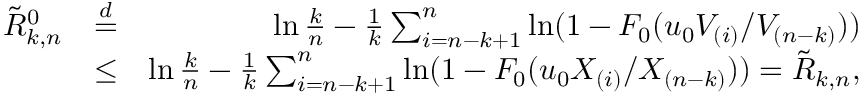
\begin{array} { r l r } { \tilde { R } _ { k , n } ^ { 0 } } & { \stackrel { d } { = } } & { \ln \frac { k } { n } - \frac { 1 } { k } \sum _ { i = n - k + 1 } ^ { n } \ln ( 1 - F _ { 0 } ( u _ { 0 } V _ { ( i ) } / V _ { ( n - k ) } ) ) } \\ & { \le } & { \ln \frac { k } { n } - \frac { 1 } { k } \sum _ { i = n - k + 1 } ^ { n } \ln ( 1 - F _ { 0 } ( u _ { 0 } X _ { ( i ) } / X _ { ( n - k ) } ) ) = \tilde { R } _ { k , n } , } \end{array}